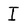
Character: I